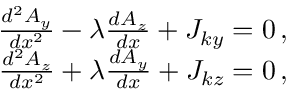
\begin{array} { r } { \frac { d ^ { 2 } A _ { y } } { d x ^ { 2 } } - \lambda \frac { d A _ { z } } { d x } + J _ { k y } = 0 \, , } \\ { \frac { d ^ { 2 } A _ { z } } { d x ^ { 2 } } + \lambda \frac { d A _ { y } } { d x } + J _ { k z } = 0 \, , } \end{array}